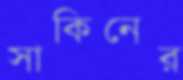
সাকিনের